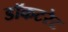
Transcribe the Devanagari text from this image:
डॉकटरेट